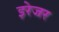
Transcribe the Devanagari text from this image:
इरेजर